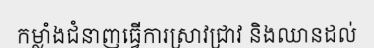
កម្លាំងជំនាញធ្វើការស្រាវជ្រាវ និងឈានដល់